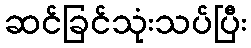
ဆင်ခြင်သုံးသပ်ပြီး